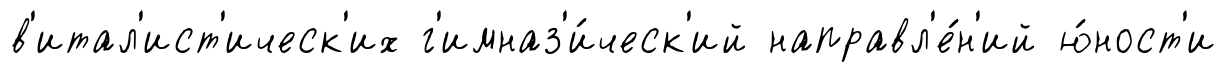
в'итал'ист'ическ'их г'имназ'и́ческ'ий направл'е́н'ий ю́ност'и